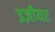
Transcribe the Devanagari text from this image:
इज़ीयर